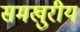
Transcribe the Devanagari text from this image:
समखुरीय